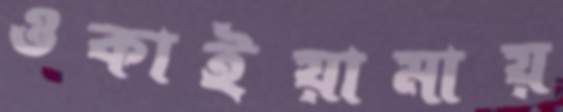
ওকাইয়ামায়